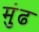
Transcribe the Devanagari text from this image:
मुंढ